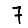
Digit: 7